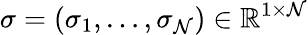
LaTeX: \sigma=(\sigma_{1},\dots,\sigma_{\mathcal{N}})\in\mathbb{{R}}^{1\times\mathcal{N}}